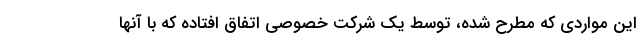
این مواردی که مطرح شده، توسط یک شرکت خصوصی اتفاق افتاده که با آنها